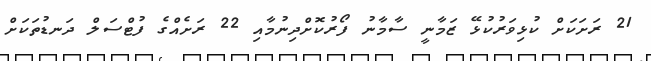
21 ރަށަކަށް ކުޅިވަރުކުޅޭ ޒަމާނީ ސާމާނު ފޯރުކޮށްދިނުމާއި 22 ރަށެއްގެ ފުޓްސަލް ދަނޑުތަކަށް